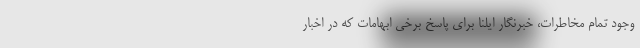
وجود تمام مخاطرات، خبرنگار ایلنا برای پاسخ برخی ابهامات که در اخبار